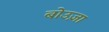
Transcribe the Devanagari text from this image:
बोउज़ा